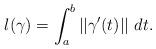
LaTeX: \begin{align*} l(\gamma) = \int_{a}^b||\gamma'(t)||\ dt.\end{align*}